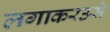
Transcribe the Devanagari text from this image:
लगाकरउसे